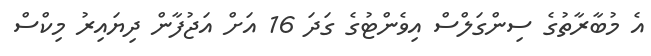
އެ މުބާރާތުގެ ސިންގަލްސް އިވެންޓުގެ ގަދަ 16 އަށް އަޖުފާން ދިޔައިރު މިކްސް